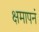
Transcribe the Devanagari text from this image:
क्षमापनं